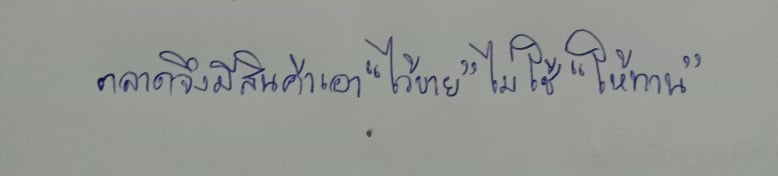
ตลาดจึงมีสินค้าเอา"ไว้ขาย"ไม่ใช้"ให้ทาน"